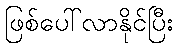
ဖြစ်ပေါ်လာနိုင်ပြီး